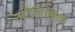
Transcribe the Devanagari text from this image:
अरैखिखिक